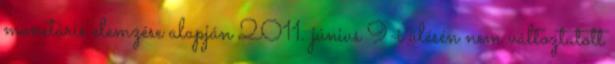
monetáris elemzése alapján 2011. június 9-i ülésén nem változtatott